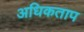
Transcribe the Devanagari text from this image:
अधिकताप